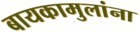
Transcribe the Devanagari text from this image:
बायकामुलांना